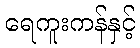
ရေကူးကန်နှင့်